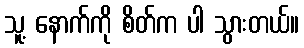
သူ့ နောက်ကို စိတ်က ပါ သွားတယ်။